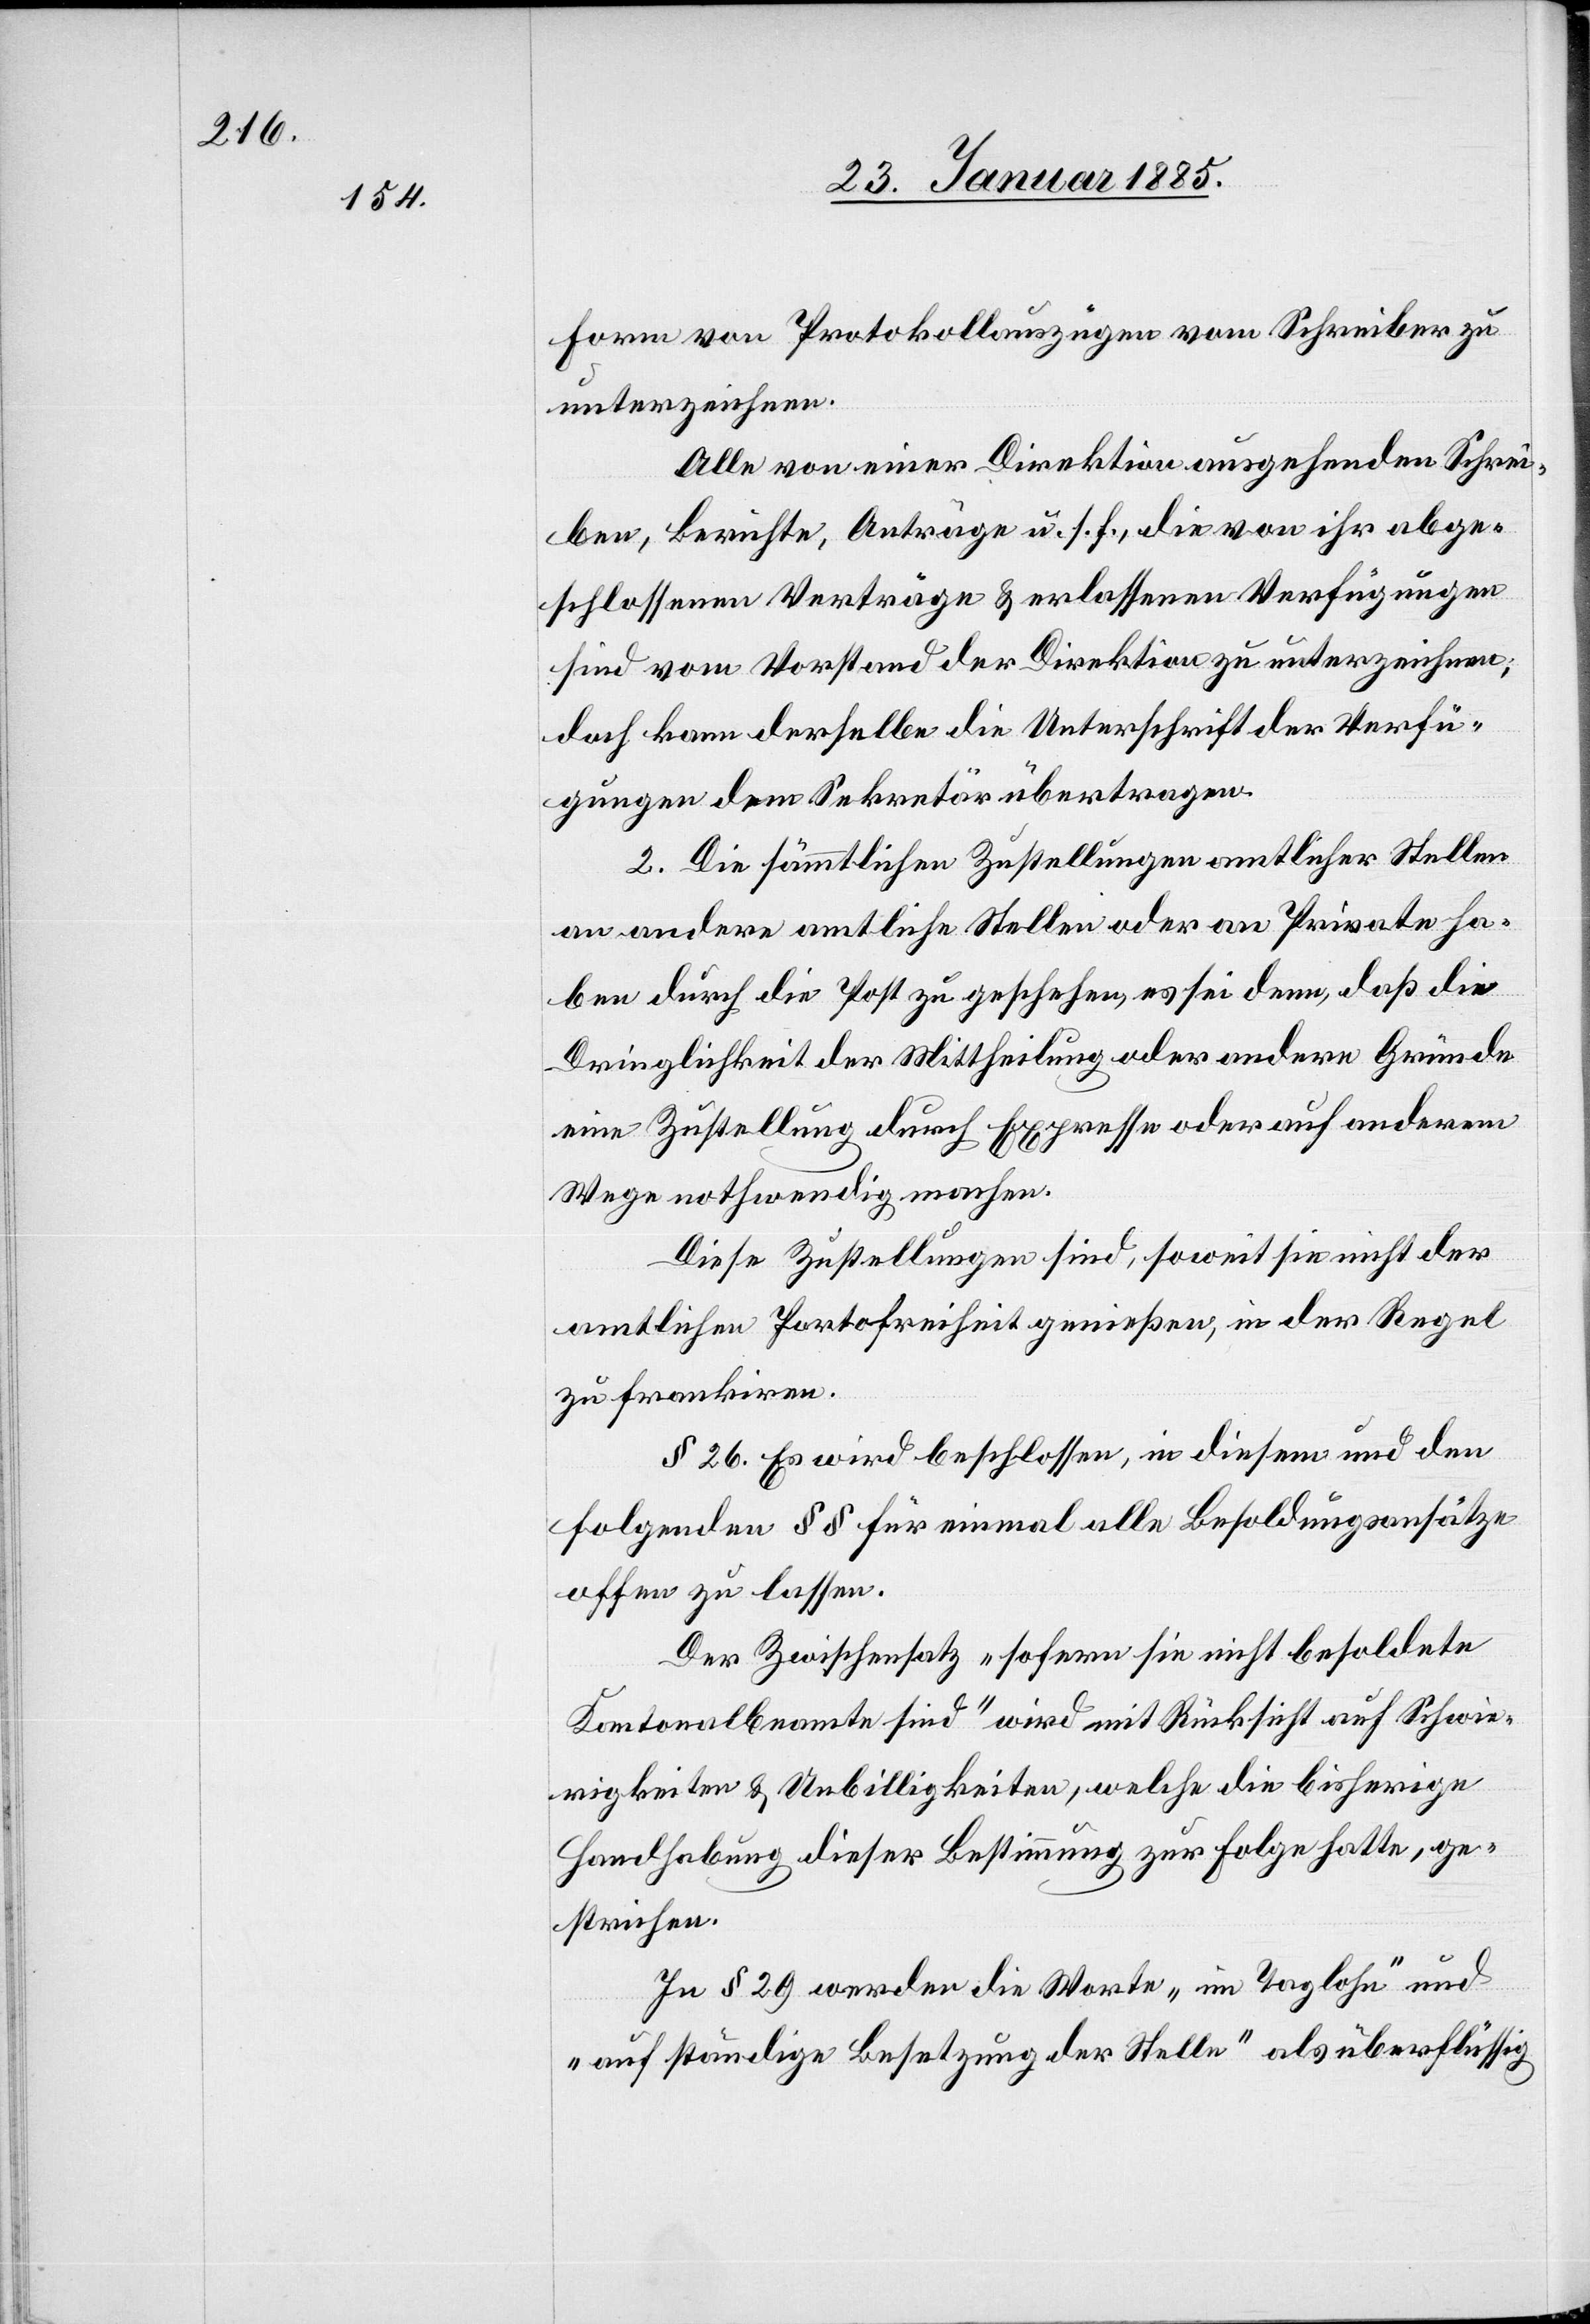
Form von Protokollauszügen vom Schreiber zu
unterzeichnen.
Alle von einer Direktion ausgehenden Schrei¬
ben, berichte, Anträge u. s. f., die von ihr abge¬
schlossenen Verträge & erlassenen Verfügungen
sind vom Vorstand der Direktion zu unterzeichnen;
doch kann derselbe die Unterschrift der Verfü¬
gungen dem Sekretär übertragen.
2. Die sämmtlichen Zustellungen amtlicher Stellen
an andere amtlichen Stellen oder an Private ha¬
ben durch die Post zu geschehen, es sei denn, daß die
Dringlichkeit der Mittheilung oder andere Gründe
eine Zustellung durch Expresse oder auf anderem
Wege nothwendig machen.
Diese Zustellungen sind, soweit sie nicht der
amtlichen Portofreiheit genießen, in der Regel
zu frankiren.
§ 26. Es wird beschlossen, in diesem und den
folgenden §§ für einmal alle Besoldungsansätze
offen zu lassen.
Der Zwischensatz „sofern sie nicht besoldete
Kantonalbeamte sind“ wird mit Rücksicht auf Schwie¬
rigkeiten & Unbilligkeiten, welche die bisherige
Handhabung dieser Bestimmung zur Folge hatte, ge¬
strichen.
In § 29 werden die Worte „Im Taglohn“ und
„auf ständige Besetzung der Stelle“ als überflüssig